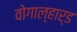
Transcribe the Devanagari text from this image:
वोगाल्हार्ड